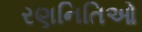
રણનિતિઓ